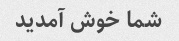
شما خوش آمدید